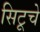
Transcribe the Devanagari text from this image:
सिटूचे